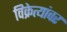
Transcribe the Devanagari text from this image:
विक्रेत्यांवर